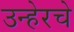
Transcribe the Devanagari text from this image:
उन्हेरचे